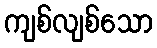
ကျစ်လျစ်သော